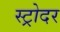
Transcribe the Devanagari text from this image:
स्ट्रोदर